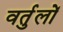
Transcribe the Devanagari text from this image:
वर्तुलों